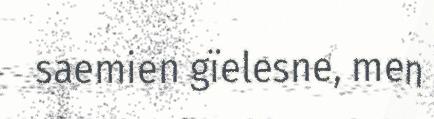
saemien gïelesne, men